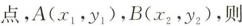
点，A(x_{1}，y_{1})，B(x_{2}，y_{2})，则